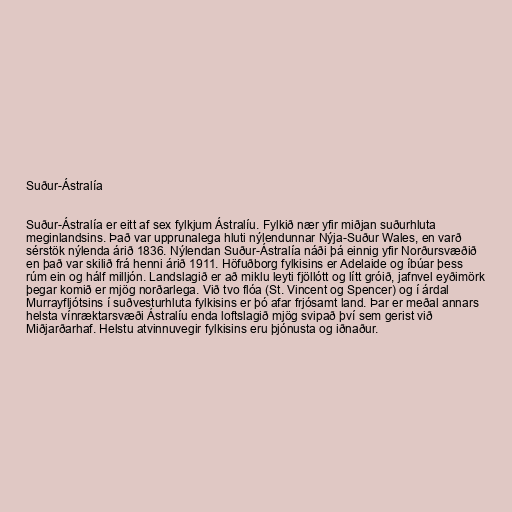
Suður-Ástralía

Suður-Ástralía er eitt af sex fylkjum Ástralíu. Fylkið nær yfir miðjan suðurhluta
meginlandsins. Það var upprunalega hluti nýlendunnar Nýja-Suður Wales, en varð
sérstök nýlenda árið 1836. Nýlendan Suður-Ástralía náði þá einnig yfir Norðursvæðið
en það var skilið frá henni árið 1911. Höfuðborg fylkisins er Adelaide og íbúar þess
rúm ein og hálf milljón. Landslagið er að miklu leyti fjöllótt og lítt gróið, jafnvel eyðimörk
þegar komið er mjög norðarlega. Við tvo flóa (St. Vincent og Spencer) og í árdal
Murrayfljótsins í suðvesturhluta fylkisins er þó afar frjósamt land. Þar er meðal annars
helsta vínræktarsvæði Ástralíu enda loftslagið mjög svipað því sem gerist við
Miðjarðarhaf. Helstu atvinnuvegir fylkisins eru þjónusta og iðnaður.